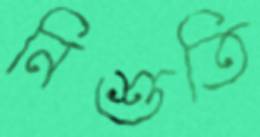
নিশুতি